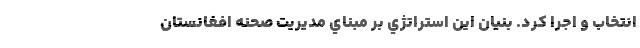
انتخاب و اجرا كرد. بنيان اين استراتژي بر مبناي مديريت صحنه افغانستان